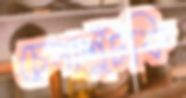
চেপাশুঁটকি